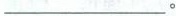
___。